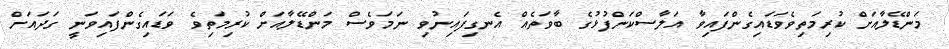
މަންޑޭލާއަށް ކުރިމަތިވެވަޑައިގެންފައިވާ އަލާސްކަންފުޅުގެ ބާވަތެއް އެނގިފައިނުވި ނަމަވެސް މަންޑޭލާއަށް ކުރިމަތިވެ ވަޑައިގެންފައިވަނީ ގަދައަށް